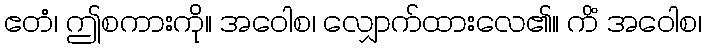
ဧတံ၊ ဤစကားကို။ အဝေါစ၊ လျှောက်ထားလေ၏။ ကိံ အဝေါစ၊